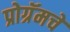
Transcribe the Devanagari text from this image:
प्रोग्रॅमचे